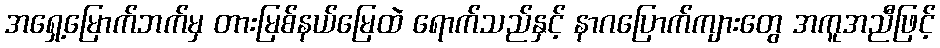
အရှေ့မြောက်ဘက်မှ တားမြစ်နယ်မြေထဲ ရောက်သည်နှင့် နာဂပြောက်ကျားတွေ အကူအညီဖြင့်